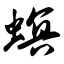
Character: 螟